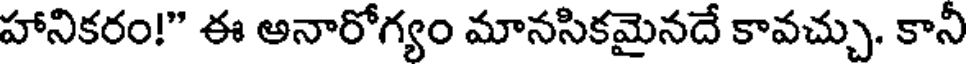
హానికరం!" ఈ అనారోగ్యం మానసికమైనదే కావచ్చు. కానీ